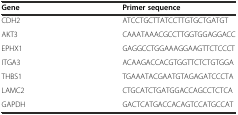
| Gene | Primer sequence |
 | --- | --- |
 | CDH2 | ATCCTGCTTATCCTTGTGCTGATGT |
 | AKT3 | CAAATAAACGCCTTGGTGGAGGACC |
 | EPHX1 | GAGGCCTGGAAAGGAAGTTCTCCCT |
 | ITGA3 | ACAAGACCACGTGGTTCTCTGTGGA |
 | THBS1 | TGAAATACGAATGTAGAGATCCCTA |
 | LAMC2 | CTGCATCTGATGGACCAGCCTCTCA |
 | GAPDH | GACTCATGACCACAGTCCATGCCAT |